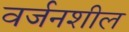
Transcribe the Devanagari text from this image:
वर्जनशील